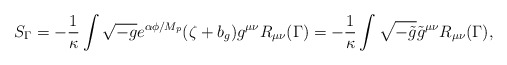
\begin{align*}S_{\Gamma}=-\frac{1}{\kappa}\int \sqrt{-g}e^{\alpha\phi/M_{p}}(\zeta +b_{g})g^{\mu\nu}R_{\mu\nu}(\Gamma) =-\frac{1}{\kappa}\int \sqrt{-\tilde{g}}\tilde{g}^{\mu\nu}R_{\mu\nu}(\Gamma),\end{align*}